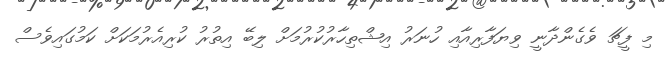
މި ފީޗަ ވެގެންދާނީ ވިޔަފާރިއާއި ހުނަރު އިޝްތިހާރުކުރުމަށް ލިބޭ އިތުރު ކުރިއެރުމަކަށް ކަމުގައިވެސް